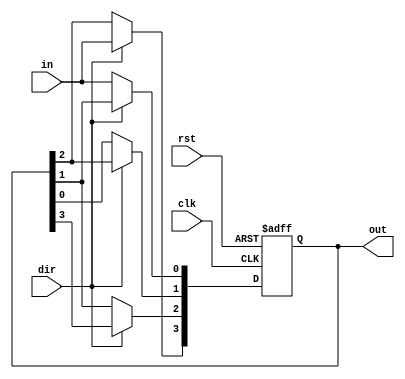

module bidir_shift_reg(input in,clk,rst,dir,output reg [3:0]  out);

 always@(posedge clk or posedge rst)
 
  if(rst) begin
    out <= 0;
    end
  else begin
  
    if(dir) begin
      out[3] <= in;
      out[2] <= out[3];
      out[1] <= out[2];
      out[0] <= out[1];
    end
    else begin
      out[0] <= in ;
      out[1] <= out[0] ;
      out[2] <= out[1] ;
      out[3] <= out[2] ;
      
    end
    end
     
endmodule